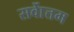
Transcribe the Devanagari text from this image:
सर्वाेत्तम